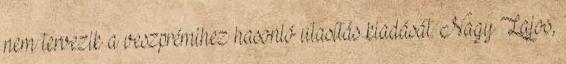
nem tervezik a veszprémihez hasonló utasítás kiadását. Nagy Lajos,